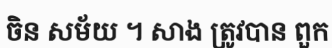
ចិន សម័យ ។ សាង ត្រូវបាន ពួក